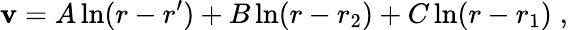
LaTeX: \mathbf{v}=A\ln(r-r^{\prime})+B\ln(r-r_{2})+C\ln(r-r_{1})\; ,